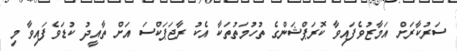
ސަރުކާރަށް އަމާޒުވެފައިވާ ކޮރަޕްޝަންގެ ތުހުމަތުތަކާ އެކު ރާޖަޕަކްސަ އަށް ތާއީދު ކުޑަވެފައިވާ މި